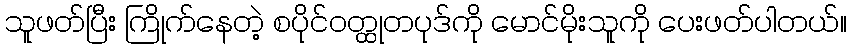
သူဖတ်ပြီး ကြိုက်နေတဲ့ စပိုင်ဝတ္ထုတပုဒ်ကို မောင်မိုးသူကို ပေးဖတ်ပါတယ်။